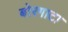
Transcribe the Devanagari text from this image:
बोरगाटा